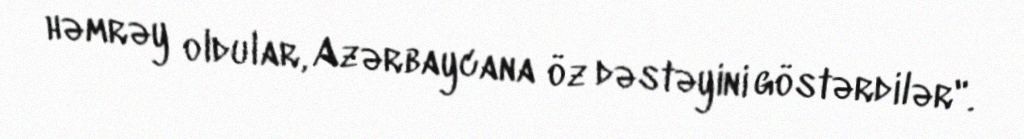
həmrəy oldular, Azərbaycana öz dəstəyini göstərdilər".